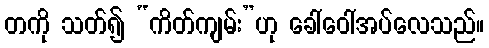
တကို သတ်၍ “ကိတ်ကျမ်း”ဟု ခေါ်ဝေါ်အပ်လေသည်။